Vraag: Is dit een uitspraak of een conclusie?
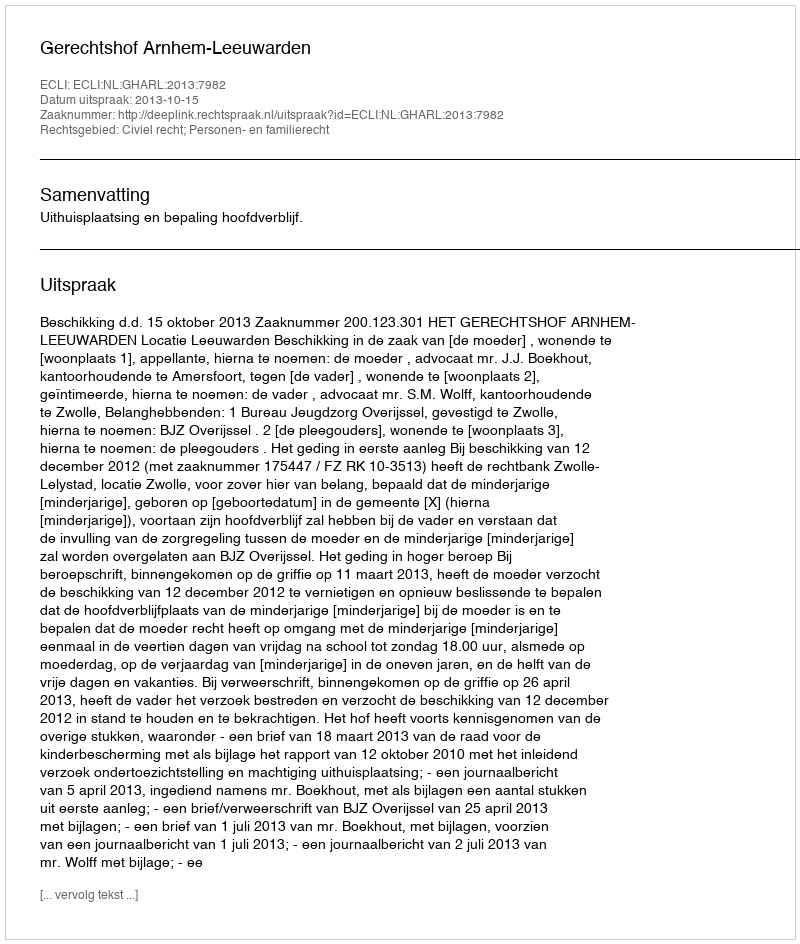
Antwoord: Uitspraak